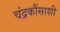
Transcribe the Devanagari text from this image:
चंद्रकौंसाशी